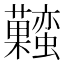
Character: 𧅬